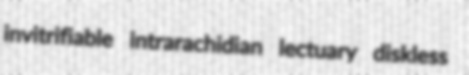
invitrifiable intrarachidian lectuary diskless